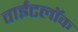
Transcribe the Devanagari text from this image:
वाईटलॉक